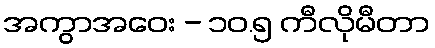
အကွာအဝေး - ၁၀.၅ ကီလိုမီတာ